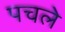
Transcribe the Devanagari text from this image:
पचले